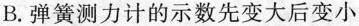
B.弹簧测力计的示数先变大后变小